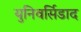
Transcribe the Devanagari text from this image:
युनिवर्सिडाद